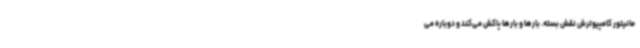
مانیتور کامپیوترش نقش بسته. بارها و بارها پاکش می‌کند و دوباره می